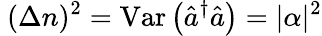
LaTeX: ~(\Delta n)^{2}=\mathrm{{Var}}\left({\hat{a}}^{\dagger}{\hat{a}}\right)=|\alpha|^{2}